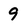
Character: 9